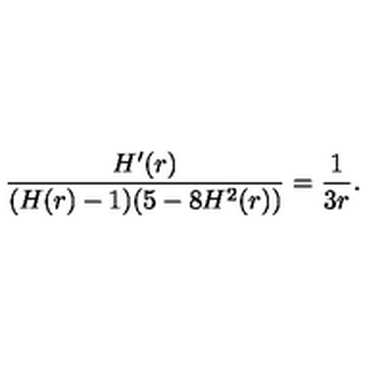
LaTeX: \frac { H ^ { \prime } ( r ) } { ( H ( r ) - 1 ) ( 5 - 8 H ^ { 2 } ( r ) ) } = \frac { 1 } { 3 r } .